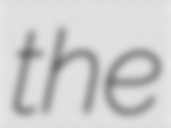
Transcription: the